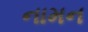
નામન